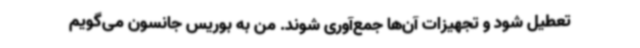
تعطیل شود و تجهیزات آن‌ها جمع‌آوری شوند. من به بوریس جانسون می‌گویم